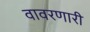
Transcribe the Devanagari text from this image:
वावरणारी